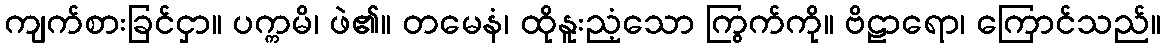
ကျက်စားခြင်ငှာ။ ပက္ကမိ၊ ဖဲ၏။ တမေနံ၊ ထိုနူးညံ့သော ကြွက်ကို။ ဗိဠာရော၊ ကြောင်သည်။